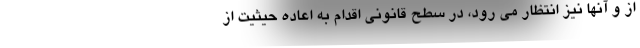
از و آنها نیز انتظار می رود، در سطح قانونی اقدام به اعاده حیثیت از